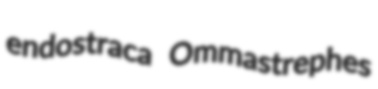
endostraca Ommastrephes